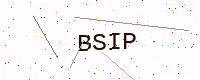
Text: BSIP